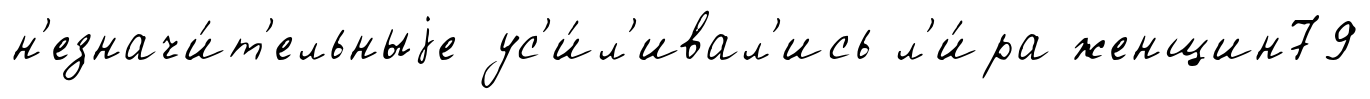
н'езначи́т'ельныjе ус'и́л'ивал'ись л'и́ра женщин79